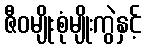
ဇီဝမျိုးစုံမျိုးကွဲနှင့်